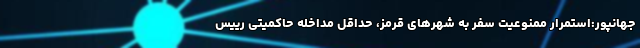
جهانپور:استمرار ممنوعیت سفر به شهرهای قرمز، حداقل مداخله حاکمیتی رییس